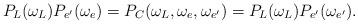
LaTeX: \begin{align*}P_L(\omega_L)P_{e'}(\omega_{e})=P_C(\omega_L,\omega_e,\omega_{e'})=P_L(\omega_{L})P_{e'}(\omega_{e'}).\end{align*}